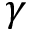
\gamma